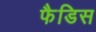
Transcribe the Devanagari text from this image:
फैडिस